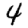
Digit: 4